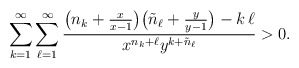
\begin{align*} \sum_{k=1}^\infty \sum_{\ell=1}^\infty\frac{\big(n_k+\frac{x}{x-1}\big) \big(\tilde{n}_\ell+\frac{y}{y-1}\big) - k\,\ell}{x^{n_k+\ell}y^{k+\tilde{n}_\ell}} > 0.\end{align*}